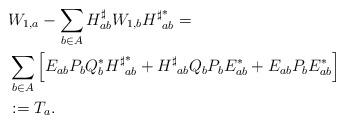
LaTeX: \begin{align*}\begin{aligned}&W_{1,a}-\sum_{b\in A}{{H}^{\sharp}_{ab}W_{1,b}{{H}^{\sharp}}_{ab}^{\ast}}=\\&\sum_{b\in A}{\left[ E_{ab}P_b Q_b^{\ast}{{H}^{\sharp}}_{ab}^{\ast}+{{H}^{\sharp}}_{ab}Q_b P_b{E}_{ab}^{\ast}+ E_{ab}P_b{E}_{ab}^{\ast}\right]}\\ &:=T_a.\end{aligned}\end{align*}